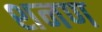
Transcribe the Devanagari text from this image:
शनण